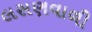
લસણવાળી